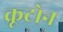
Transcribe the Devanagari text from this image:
क्रूटोन